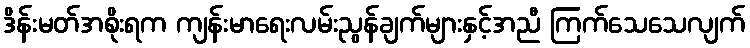
ဒိန်းမတ်အစိုးရက ကျန်းမာရေးလမ်းညွန်ချက်များနှင့်အညီ ကြက်သေသေလျက်